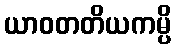
ယာဝတတိယကမ္ပိ